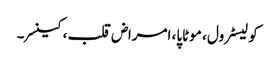
کولیسٹرول ، موٹاپا، امراض قلب ، کینسر ۔